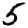
Digit: 5